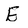
Character: E